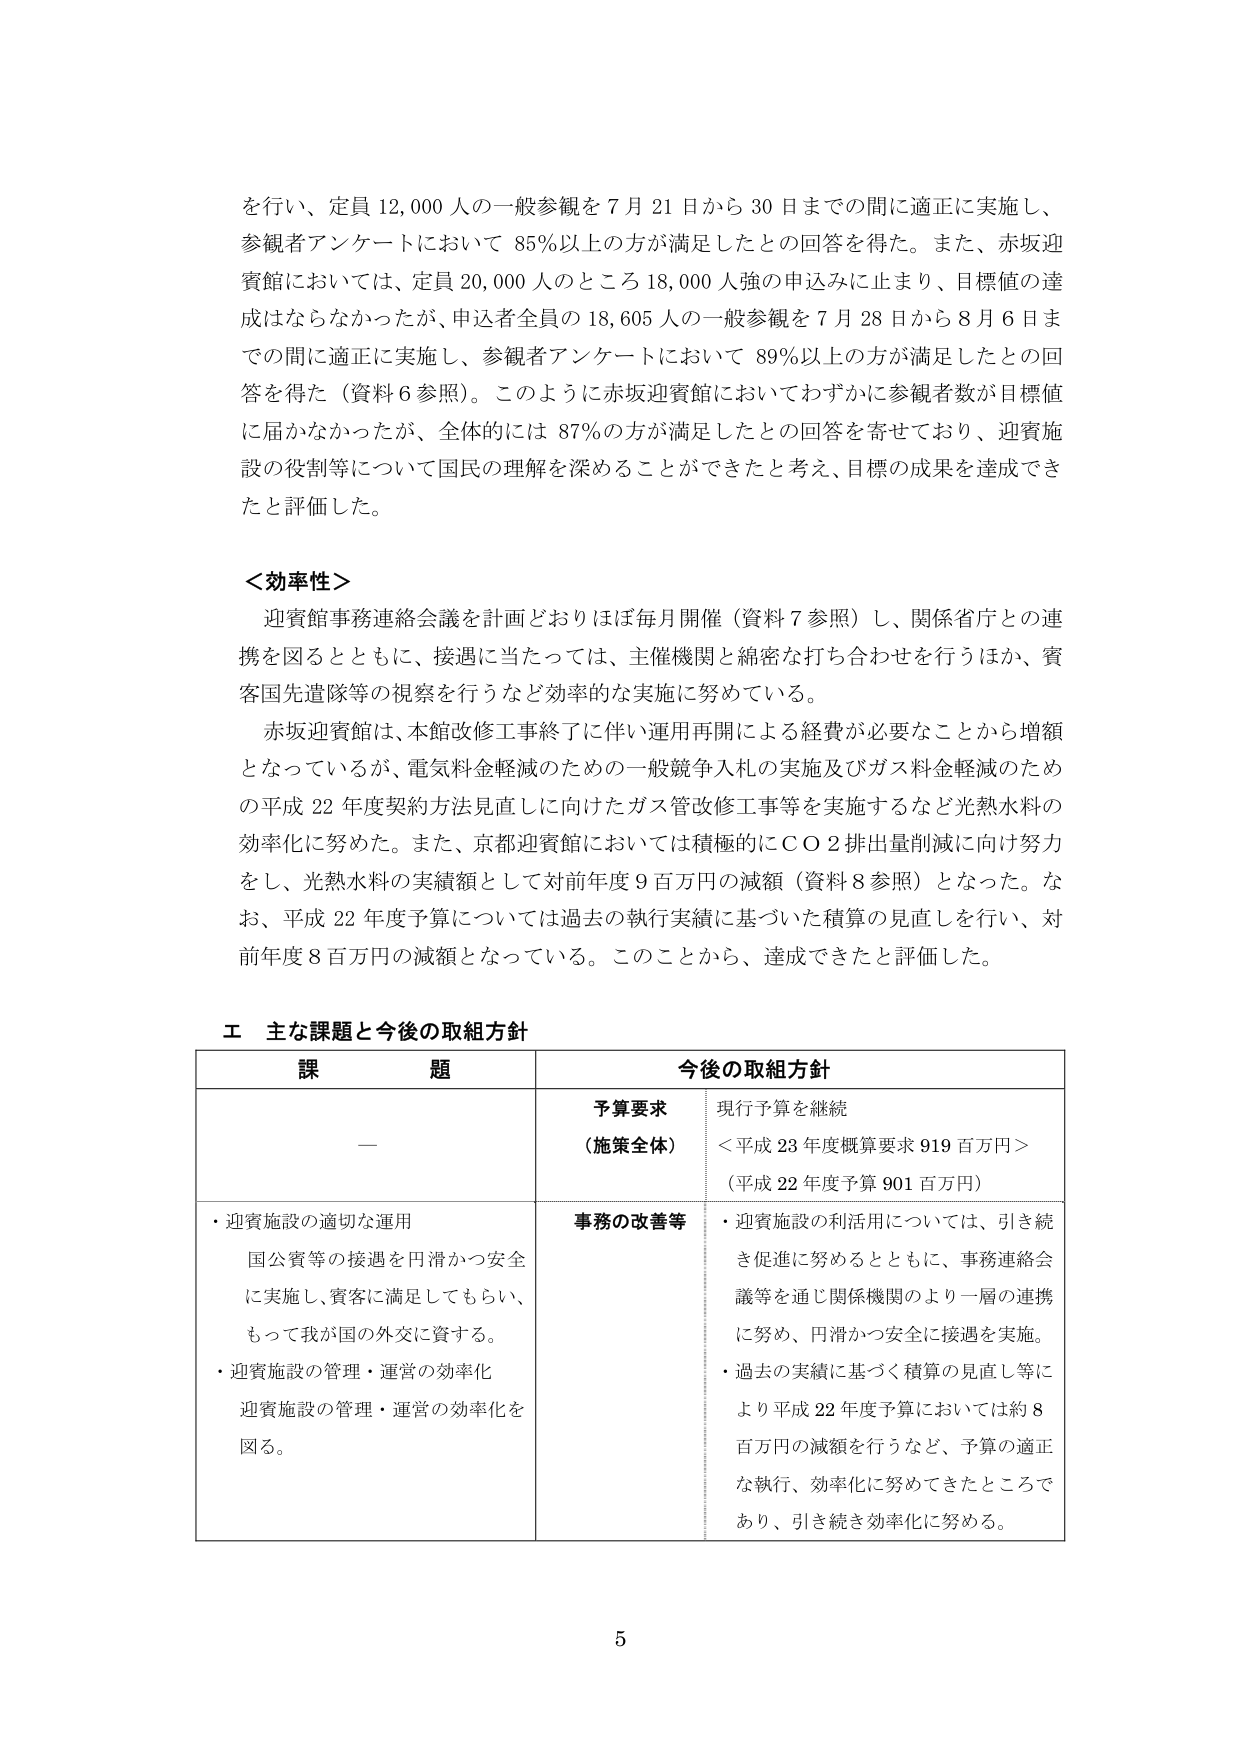
を行い、定員 12,000 人の一般参観を 7 月 21 日から 30 日までの間に適正に実施し、
参観者アンケートにおいて 85％以上の方が満足したとの回答を得た。また、赤坂迎
賓館においては、定員 20,000 人のところ 18,000 人強の申込みに止まり、目標値の達
成はならなかったが、申込者全員の 18,605 人の一般参観を 7 月 28 日から 8 月 6 日ま
での間に適正に実施し、参観者アンケートにおいて 89％以上の方が満足したとの回
答を得た（資料 6 参照）。このように赤坂迎賓館においてわずかに参観者数が目標値
に届かなかったが、全体的には 87％の方が満足したとの回答を寄せており、迎賓施
設の役割等について国民の理解を深めることができたと考え、目標の成果を達成でき
たと評価した。

＜効率性＞
迎賓館事務連絡会議を計画どおりほぼ毎月開催（資料 7 参照）し、関係省庁との連
携を図るとともに、接遇に当たっては、主催機関と綿密な打ち合わせを行うほか、賓
客国先遣隊等の視察を行うなど効率的な実施に努めている。
赤坂迎賓館は、本館改修工事終了に伴い運用再開による経費が必要なことから増額
となっているが、電気料金軽減のための一般競争入札の実施及びガス料金軽減のため
の平成 22 年度契約方法見直しに向けたガス管改修工事等を実施するなど光熱水料の
効率化に努めた。また、京都迎賓館においては積極的にＣＯ２排出量削減に向け努力
をし、光熱水料の実績額として対前年度 9 百万円の減額（資料 8 参照）となった。な
お、平成 22 年度予算については過去の執行実績に基づいた積算の見直しを行い、対
前年度 8 百万円の減額となっている。このことから、達成できたと評価した。

エ 主な課題と今後の取組方針

| 課 題 | 今後の取組方針 |
|---|---|
| — | **予算要求**<br>（施策全体）<br>現行予算を継続<br>＜平成 23 年度概算要求 919 百万円＞<br>（平成 22 年度予算 901 百万円） |
| ・迎賓施設の適切な運用<br>国公賓等の接遇を円滑かつ安全<br>に実施し、賓客に満足してもらい、<br>もって我が国の外交に資する。<br>・迎賓施設の管理・運営の効率化<br>迎賓施設の管理・運営の効率化を<br>図る。 | **事務の改善等**<br>・迎賓施設の利活用については、引き続<br>き促進に努めるとともに、事務連絡会<br>議等を通じ関係機関のより一層の連携<br>に努め、円滑かつ安全に接遇を実施。<br>・過去の実績に基づく積算の見直し等に<br>より平成 22 年度予算においては約 8<br>百万円の減額を行うなど、予算の適正<br>な執行、効率化に努めてきたところで<br>あり、引き続き効率化に努める。 |

5